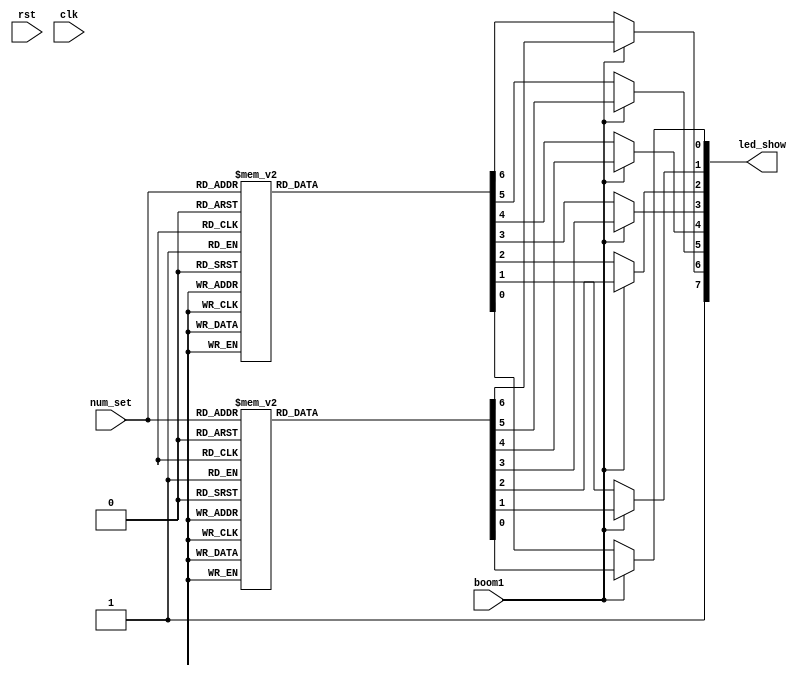
module led_choose (
	input  wire  rst,
	input  wire  clk,
	input  wire  boom1,
	input  wire  [3:0]num_set,
	output reg   [7:0]led_show
);
	reg  led_ca;
	reg  led_cb;
	reg  led_cc;
	reg  led_cd;
	reg  led_ce;
	reg  led_cf;
	reg  led_cg;
always @(*) 
begin	
  if(boom1)begin//
        case(num_set)
	     4'b0000:begin
		            led_ca = 1'b1;//y
					led_cb = 1'b0;
					led_cc = 1'b0;
					led_cd = 1'b0;
					led_ce = 1'b1;
					led_cf = 1'b0;
					led_cg = 1'b0;//[0]
		    end
	     4'b0001:begin
		            led_ca = 1'b1;//U
					led_cb = 1'b0;
					led_cc = 1'b0;
					led_cd = 1'b0;
					led_ce = 1'b0;
					led_cf = 1'b0;
					led_cg = 1'b1;
		    end
	     4'b0010:begin
		            led_ca = 1'b1;//0
					led_cb = 1'b1;
					led_cc = 1'b0;
					led_cd = 1'b0;
					led_ce = 1'b0;
					led_cf = 1'b1;
					led_cg = 1'b0;
		    end
	     4'b0011:begin
		            led_ca = 1'b1;//d
					led_cb = 1'b0;
					led_cc = 1'b0;
					led_cd = 1'b0;
					led_ce = 1'b0;
					led_cf = 1'b1;
					led_cg = 1'b0;
		    end
	     4'b0100:begin
		            led_ca = 1'b0;//E
					led_cb = 1'b1;
					led_cc = 1'b1;
					led_cd = 1'b0;
					led_ce = 1'b0;
					led_cf = 1'b0;
					led_cg = 1'b0;
		    end
	     4'b0101:begin
		            led_ca = 1'b1;//h
					led_cb = 1'b1;
					led_cc = 1'b0;
					led_cd = 1'b1;
					led_ce = 1'b0;
					led_cf = 1'b0;
					led_cg = 1'b0;
		    end
	     4'b0110:begin
		            led_ca = 1'b0;//A
					led_cb = 1'b0;
					led_cc = 1'b0;
					led_cd = 1'b1;
					led_ce = 1'b0;
					led_cf = 1'b0;
					led_cg = 1'b0;
		    end
	     4'b0111:begin
		            led_ca = 1'b0;
					led_cb = 1'b0;
					led_cc = 1'b0;
					led_cd = 1'b1;
					led_ce = 1'b1;
					led_cf = 1'b1;
					led_cg = 1'b1;
		    end
	     4'b1000:begin
		            led_ca = 1'b0;
					led_cb = 1'b0;
					led_cc = 1'b0;
					led_cd = 1'b0;
					led_ce = 1'b0;
					led_cf = 1'b0;
					led_cg = 1'b0;
		    end
	     4'b1001:begin
		            led_ca = 1'b0;
					led_cb = 1'b0;
					led_cc = 1'b0;
					led_cd = 1'b1;
					led_ce = 1'b1;
					led_cf = 1'b0;
					led_cg = 1'b0;
		    end
	     4'b1010:begin
		            led_ca = 1'b0;
					led_cb = 1'b0;
					led_cc = 1'b0;
					led_cd = 1'b1;
					led_ce = 1'b0;
					led_cf = 1'b0;
					led_cg = 1'b0;
		    end
	     4'b1011:begin
		            led_ca = 1'b1;
					led_cb = 1'b1;
					led_cc = 1'b0;
					led_cd = 1'b0;
					led_ce = 1'b0;
					led_cf = 1'b0;
					led_cg = 1'b0;
		    end
	     4'b1100:begin
		            led_ca = 1'b1;
					led_cb = 1'b1;
					led_cc = 1'b1;
					led_cd = 1'b0;
					led_ce = 1'b0;
					led_cf = 1'b1;
					led_cg = 1'b0;
		    end
	     4'b1101:begin
		            led_ca = 1'b1;
					led_cb = 1'b0;
					led_cc = 1'b0;
					led_cd = 1'b0;
					led_ce = 1'b0;
					led_cf = 1'b1;
					led_cg = 1'b0;
		    end
	     4'b1110:begin
		            led_ca = 1'b1;
					led_cb = 1'b1;
					led_cc = 1'b1;
					led_cd = 1'b1;
					led_ce = 1'b1;
					led_cf = 1'b1;
					led_cg = 1'b1;
		    end
	     4'b1111:begin
		            led_ca = 1'b0;
					led_cb = 1'b1;
					led_cc = 1'b1;
					led_cd = 1'b1;
					led_ce = 1'b0;
					led_cf = 1'b0;
					led_cg = 1'b0;
		    end
		    default begin
		            led_ca = 1'b1;
                    led_cb = 1'b1;
                    led_cc = 1'b1;
                    led_cd = 1'b1;
                    led_ce = 1'b1;
                    led_cf = 1'b1;
                    led_cg = 1'b1;
		    end

	  endcase
    end
    else begin 
    case(num_set)
	     4'b0000:begin
		            led_ca = 1'b0;//[7]
					led_cb = 1'b0;
					led_cc = 1'b0;
					led_cd = 1'b0;
					led_ce = 1'b0;
					led_cf = 1'b0;
					led_cg = 1'b1;//[0]
		    end
	     4'b0001:begin
		            led_ca = 1'b1;
					led_cb = 1'b0;
					led_cc = 1'b0;
					led_cd = 1'b1;
					led_ce = 1'b1;
					led_cf = 1'b1;
					led_cg = 1'b1;
		    end
	     4'b0010:begin
		            led_ca = 1'b0;
					led_cb = 1'b0;
					led_cc = 1'b1;
					led_cd = 1'b0;
					led_ce = 1'b0;
					led_cf = 1'b1;
					led_cg = 1'b0;
		    end
	     4'b0011:begin
		            led_ca = 1'b0;
					led_cb = 1'b0;
					led_cc = 1'b0;
					led_cd = 1'b0;
					led_ce = 1'b1;
					led_cf = 1'b1;
					led_cg = 1'b0;
		    end
	     4'b0100:begin
		            led_ca = 1'b1;
					led_cb = 1'b0;
					led_cc = 1'b0;
					led_cd = 1'b1;
					led_ce = 1'b1;
					led_cf = 1'b0;
					led_cg = 1'b0;
		    end
	     4'b0101:begin
		            led_ca = 1'b0;
					led_cb = 1'b1;
					led_cc = 1'b0;
					led_cd = 1'b0;
					led_ce = 1'b1;
					led_cf = 1'b0;
					led_cg = 1'b0;
		    end
	     4'b0110:begin
		            led_ca = 1'b0;
					led_cb = 1'b1;
					led_cc = 1'b0;
					led_cd = 1'b0;
					led_ce = 1'b0;
					led_cf = 1'b0;
					led_cg = 1'b0;
		    end
	     4'b0111:begin
		            led_ca = 1'b0;
					led_cb = 1'b0;
					led_cc = 1'b0;
					led_cd = 1'b1;
					led_ce = 1'b1;
					led_cf = 1'b1;
					led_cg = 1'b1;
		    end
	     4'b1000:begin
		            led_ca = 1'b0;
					led_cb = 1'b0;
					led_cc = 1'b0;
					led_cd = 1'b0;
					led_ce = 1'b0;
					led_cf = 1'b0;
					led_cg = 1'b0;
		    end
	     4'b1001:begin
		            led_ca = 1'b0;
					led_cb = 1'b0;
					led_cc = 1'b0;
					led_cd = 1'b1;
					led_ce = 1'b1;
					led_cf = 1'b0;
					led_cg = 1'b0;
		    end
	     4'b1010:begin
		            led_ca = 1'b0;
					led_cb = 1'b0;
					led_cc = 1'b0;
					led_cd = 1'b1;
					led_ce = 1'b0;
					led_cf = 1'b0;
					led_cg = 1'b0;
		    end
	     4'b1011:begin
		            led_ca = 1'b1;
					led_cb = 1'b1;
					led_cc = 1'b0;
					led_cd = 1'b0;
					led_ce = 1'b0;
					led_cf = 1'b0;
					led_cg = 1'b0;
		    end
	     4'b1100:begin
		            led_ca = 1'b1;
					led_cb = 1'b1;
					led_cc = 1'b1;
					led_cd = 1'b0;
					led_ce = 1'b0;
					led_cf = 1'b1;
					led_cg = 1'b0;
		    end
	     4'b1101:begin
		            led_ca = 1'b1;
					led_cb = 1'b0;
					led_cc = 1'b0;
					led_cd = 1'b0;
					led_ce = 1'b0;
					led_cf = 1'b1;
					led_cg = 1'b0;
		    end
	     4'b1110:begin
		            led_ca = 1'b1;
					led_cb = 1'b1;
					led_cc = 1'b1;
					led_cd = 1'b1;
					led_ce = 1'b1;
					led_cf = 1'b1;
					led_cg = 1'b1;
		    end
	     4'b1111:begin
		            led_ca = 1'b0;
					led_cb = 1'b1;
					led_cc = 1'b1;
					led_cd = 1'b1;
					led_ce = 1'b0;
					led_cf = 1'b0;
					led_cg = 1'b0;
		    end
		    default begin
		            led_ca = 1'b1;
                    led_cb = 1'b1;
                    led_cc = 1'b1;
                    led_cd = 1'b1;
                    led_ce = 1'b1;
                    led_cf = 1'b1;
                    led_cg = 1'b1;
		    end

	  endcase
	 end
	  
end

always @(*) 
      begin
  led_show <=// {led_ca,led_cb,led_cc,led_cd,led_ce,led_cf,led_cg};
	     {1'b1,led_cg,led_cf,led_ce,led_cd,led_cc,led_cb,led_ca};
	  end
endmodule